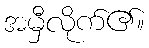
အမှီလိုက်၏။